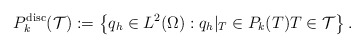
\begin{align*}{{P}}_k^{\mathrm{disc}}(\mathcal{T}):=\left\{q_h\in L^2(\Omega): q_h|_T\in P_k(T) T\in \mathcal{T}\right\}.\end{align*}